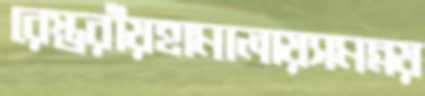
রেস্তরাঁয়হামালায়সমন্নয়